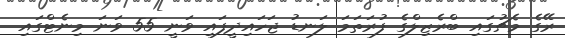
ރޭގެ މެޗުގައި ބްރެޒިލްގެ ފުރަތަމަ ލަނޑު ޖަހައިދީފައި ވަނީ 55 ވަނަ މިނެޓްގައި